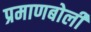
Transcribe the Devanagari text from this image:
प्रमाणबोली